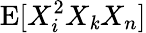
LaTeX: \operatorname{E}[X_{i}^{2}X_{\mathit{k}}X_{n}]